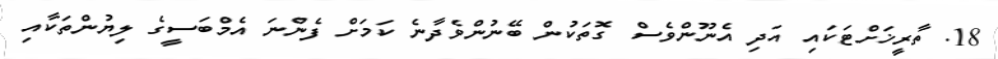
18. ތާރީޚަށްޓަކައި އަދި އެނޫންވެސް ގޮތަކުން ބޭނުންވެދާނެ ކަމަށް ފެންނަ އެމްބަސީގެ ލިޔުންތަކާއި